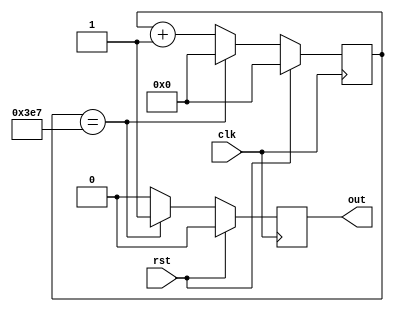
module PeriodicTimer (
    input wire clk,
    input wire rst,
    output reg out
);

parameter COUNTER_WIDTH = 16; // Define counter width
parameter PERIOD = 1000; // Define time period in clock cycles

reg [COUNTER_WIDTH - 1:0] count;

always @(posedge clk) begin
    if (rst) begin
        count <= 0;
        out <= 0;
    end else begin
        if (count == PERIOD - 1) begin
            count <= 0;
            out <= 1;
        end else begin
            count <= count + 1;
            out <= 0;
        end
    end
end

endmodule